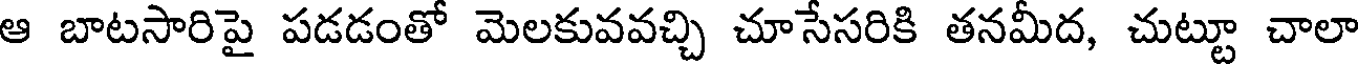
ఆ బాటసారిపై పడడంతో మెలకువవచ్చి చూసేసరికి తనమీద, చుట్టూ చాలా